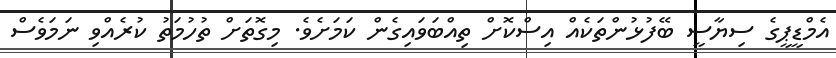
އެމްޑީޕީގެ ސިޔާސީ ބޭފުޅުންތަކެއް އިސްކޮށް ތިއްބަވައިގެން ކަމަށެވެ. މިގޮތަށް ތުހުމަތު ކުރެއްވި ނަމަވެސް